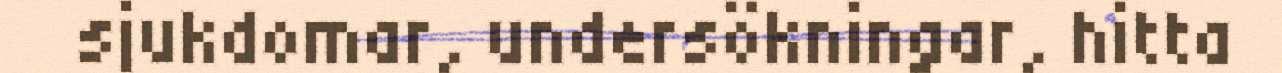
sjukdomar, undersökningar, hitta